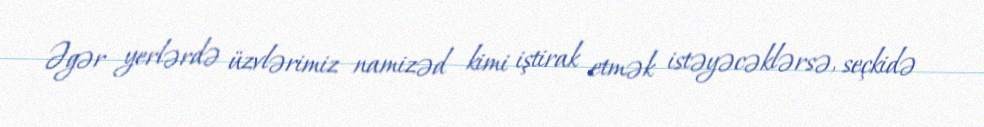
Əgər yerlərdə üzvlərimiz namizəd kimi iştirak etmək istəyəcəklərsə, seçkidə